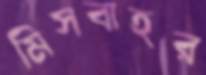
মিসবাহর